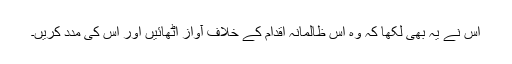
اس نے یہ بھی لکھا کہ وہ اس ظالمانہ اقدام کے خلاف آواز اٹھائیں اور اس کی مدد کریں۔